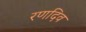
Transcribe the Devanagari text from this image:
रणदिव